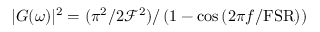
| G ( \omega ) | ^ { 2 } = ( \pi ^ { 2 } / 2 \mathcal { F } ^ { 2 } ) / \left( 1 - \cos { ( 2 \pi f / \mathrm { F S R } ) } \right)